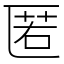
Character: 匿